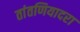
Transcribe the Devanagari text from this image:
तांतणियादरा